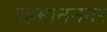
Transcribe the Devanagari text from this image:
रहमाननगर